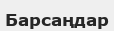
Барсаңдар